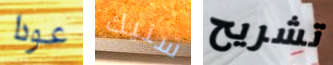
عودا سنيك تشريح